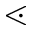
\lessdot